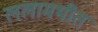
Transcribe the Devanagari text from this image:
ललामभीत